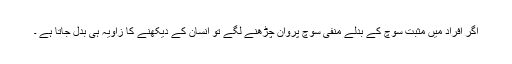
اگر افراد میں مثبت سوچ کے بدلے منفی سوچ پروان چڑھنے لگے تو انسان کے دیکھنے کا زاویہ ہی بدل جاتا ہے ۔